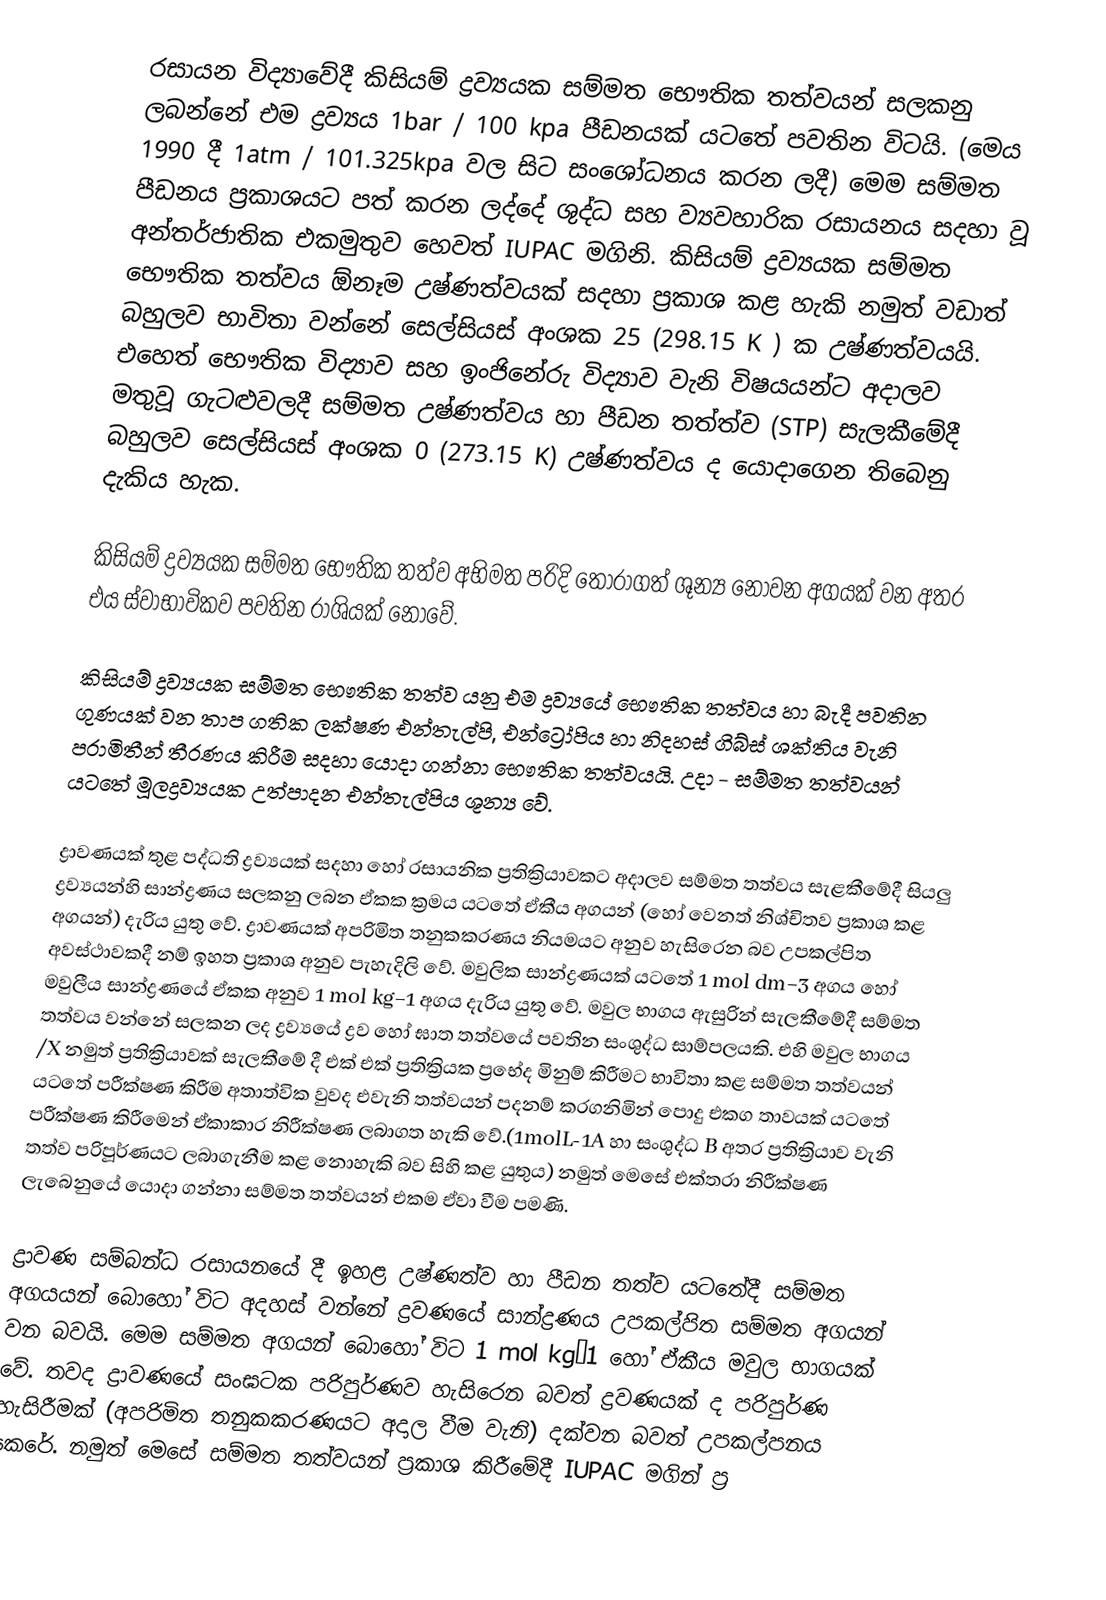
රසායන විද්‍යාවේදී කිසියම් ද්‍රව්‍යයක සම්මත භෞතික  තත්වයන් සලකනු ලබන්නේ එම ද්‍රව්‍යය 1bar / 100 kpa පීඩනයක් යටතේ පවතින විටයි. (මෙය 1990 දී 1atm / 101.325kpa වල සිට සංශෝධනය කරන ලදී) මෙම සම්මත පීඩනය ප්‍රකාශයට පත් කරන ලද්දේ ශුද්ධ සහ ව්‍යවහාරික  රසායනය සදහා වූ අන්තර්ජාතික එකමුතුව හෙවත් IUPAC මගිනි. කිසියම් ද්‍රව්‍යයක සම්මත භෞතික තත්වය ඕනෑම උෂ්ණත්වයක් සදහා ප්‍රකාශ කළ හැකි නමුත් වඩාත් බහුලව භාවිතා වන්නේ සෙල්සියස් අංශක 25 (298.15 K ) ක උෂ්ණත්වයයි. එහෙත් භෞතික විද්‍යාව සහ ඉංජිනේරු විද්‍යාව වැනි විෂයයන්ට අදාලව මතුවූ ගැටළුවලදී සම්මත උෂ්ණත්වය හා පීඩන තත්ත්ව (STP) සැලකීමේදී බහුලව සෙල්සියස් අංශක 0  (273.15 K) උෂ්ණත්වය ද යො‍දාගෙන තිබෙනු දැකිය හැක.

කිසියම් ද්‍රව්‍යයක සම්මත භෞතික තත්ව අභිමත පරිදි තෝරාගත් ශූන්‍ය නොවන අගයක් වන අතර එය ස්වාභාවිකව පවතින රාශියක් නොවේ.

කිසියම් ද්‍රව්‍යයක සම්මත භෞතික  තත්ව යනු එම ද්‍රව්‍යයේ භෞතික තත්වය හා බැදී පවතින ගුණයක් වන  තාප ගතික ලක්ෂණ එන්තැල්පි, එන්ට්‍රෝපිය හා නිදහස් ගිබ්ස් ශක්තිය වැනි පරාමිතීන් තීරණය කිරීම සදහා යොදා ගන්නා භෞතික තත්වයයි. උදා - සම්මත තත්වයන් යටතේ මූලද්‍රව්‍යයක උත්පාදන එන්තැල්පිය ශූන්‍ය වේ.

ද්‍රාවණයක් තුළ පද්ධති ද්‍රව්‍යයක් සදහා හෝ රසායනික  ප්‍රතික්‍රියාවකට අදාලව සම්මත තත්වය සැළකීමේදී සියලු ද්‍රව්‍යයන්හි සාන්ද්‍රණය සලකනු ලබන ඒකක ක්‍රමය යටතේ ඒකීය අගයන් (හෝ වෙනත් නිශ්චිතව ප්‍රකාශ කළ අගයන්) දැරිය යුතු වේ. ද්‍රාවණයක් අපරිමිත තනුකකරණය නියමයට අනුව හැසිරෙන බව උපකල්පිත අවස්ථාවකදී නම් ඉහත ප්‍රකාශ අනුව පැහැදිලි වේ. මවුලික සාන්ද්‍රණයක් යටතේ 1 mol dm−3 අගය හෝ මවුලීය සාන්ද්‍රණයේ ඒකක අනුව 1 mol kg−1 අගය දැරිය යුතු වේ. මවුල භාගය ඇසුරින් සැලකීමේදී සම්මත තත්වය වන්නේ සලකන ලද ද්‍රව්‍යයේ ද්‍රව හෝ ඝාත තත්වයේ පවතින සංශුද්ධ සාම්පලයකි. එහි මවුල භාගය /X නමුත් ප්‍රතික්‍රියාවක් සැලකීමේ දී එක් එක් ප්‍රතික්‍රියක ප්‍රභේද මිනුම් කිරීමට භාවිතා කළ සම්මත තත්වයන් යටතේ පරීක්ෂණ කිරීම අතාත්වික වුවද එවැනි තත්වයන් පදනම් කරගනිමින් පොදු එකග තාවයක් යටතේ පරීක්ෂණ කිරීමෙන් ඒකාකාර නිරීක්ෂණ ලබාගත හැකි වේ.(1molL-1A හා සංශුද්ධ B අතර ප්‍රතික්‍රියාව වැනි තත්ව පරිපූර්ණයට ලබාගැනීම කළ නොහැකි බව සිහි කළ යුතුය) නමුත් මෙසේ එක්තරා නිරීක්ෂණ ලැබෙනුයේ යොදා ගන්නා සම්මත තත්වයන් එකම ඒවා වීම පමණි.

ද්‍රාවණ සම්බන්ධ රසායනයේ දී ඉහළ උෂ්ණත්ව හා පීඩන තත්ව යටතේදී සම්මත අගයයන් බොහෝ විට අදහස් වන්නේ ද්‍රවණයේ සාන්ද්‍රණය උපකල්පිත සම්මත අගයන් වන බවයි. මෙම සම්මත අගයන් බොහෝ විට 1 mol kg−1 හෝ ඒකීය මවුල භාගයක් වේ.  තවද ද්‍රාවණයේ සංඝටක පරිපුර්ණව හැසිරෙන බවත් ද්‍රවණයක් ද පරිපුර්ණ හැසිරීමක් (අපරිමිත තනුකකරණයට අදාල වීම වැනි) දක්වන බවත් උපකල්පනය කෙරේ. නමුත් මෙසේ සම්මත තත්වයන් ප්‍රකාශ කිරීමේදී IUPAC මගින් ප්‍ර